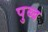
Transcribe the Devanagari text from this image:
पुब्ब